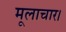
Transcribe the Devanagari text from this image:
मूलाचार।